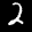
Label: 2